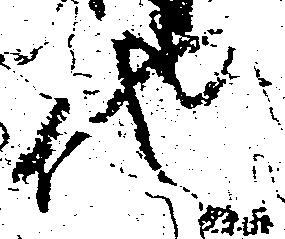
他